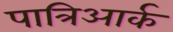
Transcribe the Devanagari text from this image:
पात्रिआर्क